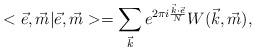
LaTeX: \begin{align*}<\vec{e},\vec{m} | \vec{e},\vec{m}> = \sum_{\vec{k}} e^{2 \pi i\frac {\vec{k} \cdot \vec{e}}{N}} W(\vec{k},\vec{m}),\end{align*}